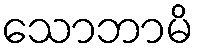
သောဘာမိ